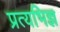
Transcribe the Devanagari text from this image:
प्रत्यभिज्ञ